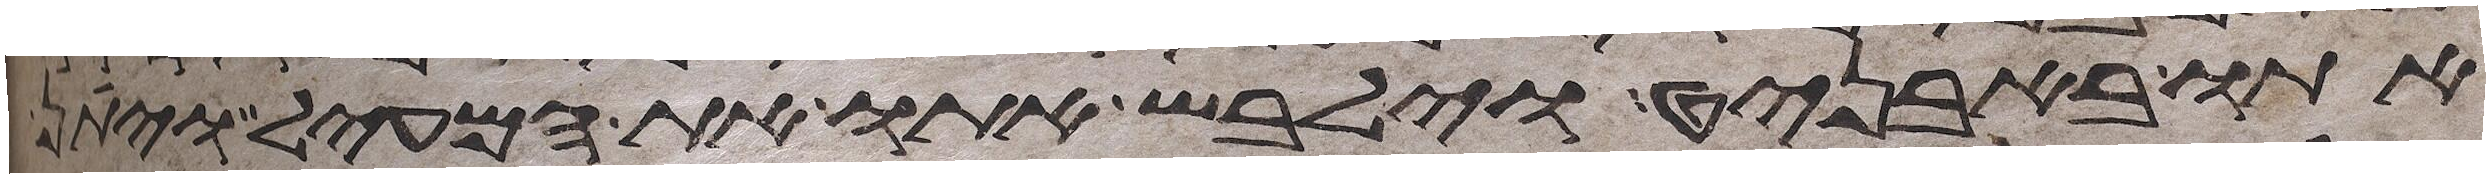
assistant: אתו באבניט וילבש אתו את המעיל ויתן